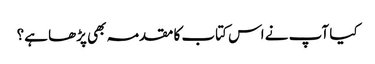
کیا آپ نے اس کتاب کا مقدمہ بھی پڑھا ہے؟